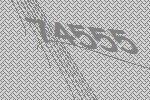
74555